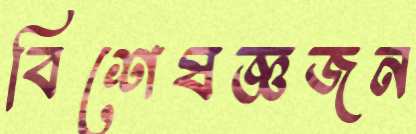
বিশেষজ্ঞজন